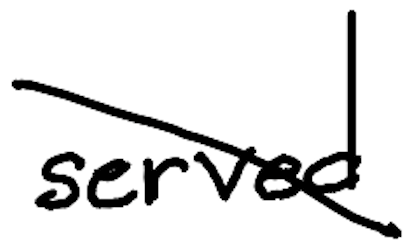
Text: served
Cross-out: mix
Writing tool: digital_black